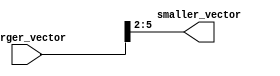
module part_select_assign (
    input [7:0] larger_vector,
    output [3:0] smaller_vector
);

assign smaller_vector = larger_vector[5:2];

endmodule